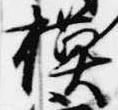
模